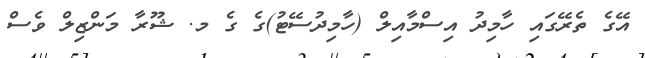
އޭގެ ތެރޭގައި ހާމިދު އިސްމާއިލް (ހާމިދުސޭޓު)ގެ ގެ މ. ޝޫރާ މަންޒިލް ވެސް